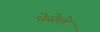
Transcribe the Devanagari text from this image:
थेसेले